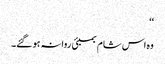
‘‘
وہ اس شام بمبئی روانہ ہو گئے۔